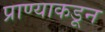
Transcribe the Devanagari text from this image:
प्राण्याकडून